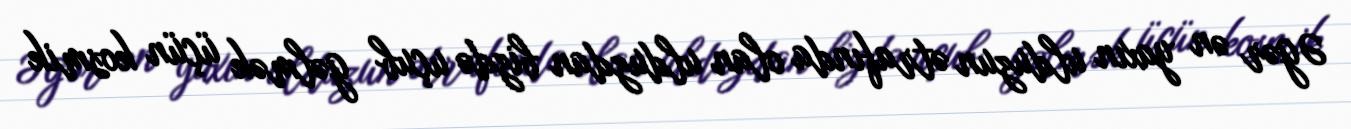
Əgər ən yaxın ulduzun ətrafında olan ulduzdan bizdə uçub gəlmək üçün kosmik